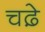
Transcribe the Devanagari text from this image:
चढे़